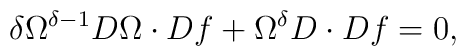
\delta \Omega^{\delta-1}D\Omega \cdot Df + \Omega^{\delta}  D\cdot Df =0,